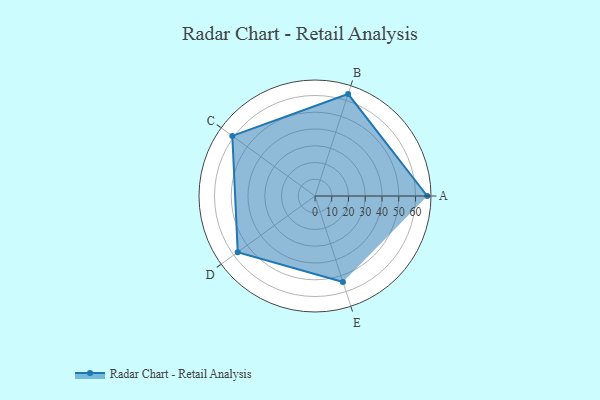
{"axis": {"x": "Skill", "y": "Score"}, "legend": ["Profile"], "data": [{"x": "A", "y": 67.0, "type": "Profile"}, {"x": "B", "y": 64.0, "type": "Profile"}, {"x": "C", "y": 61.0, "type": "Profile"}, {"x": "D", "y": 57.0, "type": "Profile"}, {"x": "E", "y": 54.0, "type": "Profile"}]}